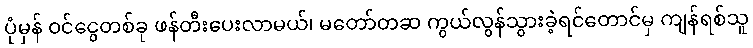
ပုံမှန် ဝင်ငွေတစ်ခု ဖန်တီးပေးလာမယ်၊ မတော်တဆ ကွယ်လွန်သွားခဲ့ရင်တောင်မှ ကျန်ရစ်သူ